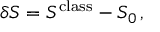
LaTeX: \delta S = S ^ { \mathrm { c l a s s } } - S _ { 0 } \, ,